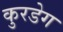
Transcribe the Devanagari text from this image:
कुरडेग